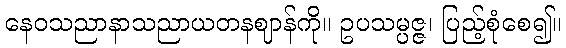
နေဝသညာနာသညာယတနဈာန်ကို။ ဥပသမ္ပဇ္ဇ၊ ပြည့်စုံစေ၍။